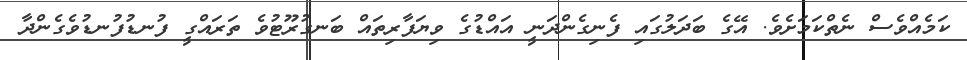
ކަމެއްވެސް ނެތްކަމަށެވެ. އޭގެ ބަދަލުގައި ފެނިގެންދަނީ އައްޑުގެ ވިޔަފާރިތައްް ބަނގުރޫޓުވެ ތަރައްގީ ފުނޑުފުނޑުވެގެންދާ